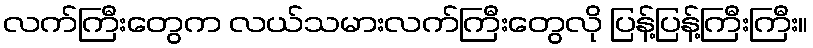
လက်ကြီးတွေက လယ်သမားလက်ကြီးတွေလို ပြန့်ပြန့်ကြီးကြီး။